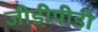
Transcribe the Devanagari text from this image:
जीडीपीडी